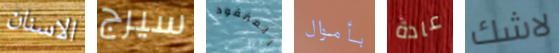
الاسنان سيرج المفقود بأموال عادة لاشك